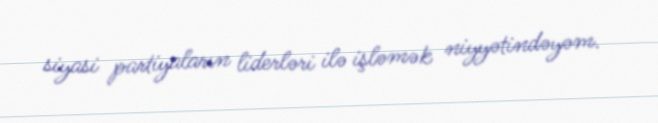
siyasi partiyaların liderləri ilə işləmək niyyətindəyəm.